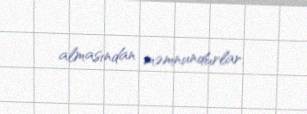
almasından məmnundurlar.